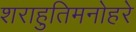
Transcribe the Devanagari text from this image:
शराहुतिमनोहरे